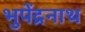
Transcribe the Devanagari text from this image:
भुपेंद्रनाथ